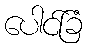
ပေါင်ခြံ